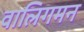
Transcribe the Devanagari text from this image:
वालिगमन